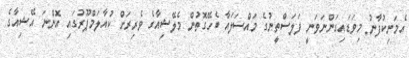
އެމަނިކުފާނު މިވަޑައިގަންނަވަނީ ފަލަސްތީނުގެ މައްސަލައާ ބެހޭގޮތުން މެލޭޝިއާގެ ވެރިރަށް ކުއާލަމްޕޫރުގައި އޮންނަ އޭޝިއާގެ